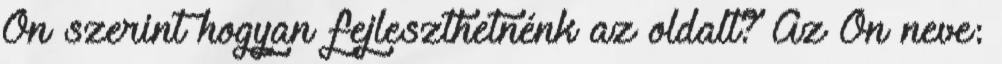
Ön szerint hogyan fejleszthetnénk az oldalt? Az Ön neve: